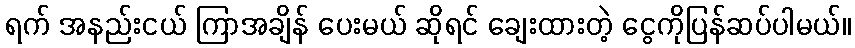
ရက် အနည်းငယ် ကြာအချိန် ပေးမယ် ဆိုရင် ချေးထားတဲ့ ငွေကိုပြန်ဆပ်ပါမယ်။